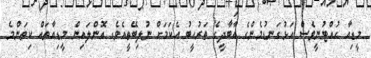
މީޑިއާ ހުއްޓުނީވެސް އަޅުގަނޑުމެންގެ އާބާދީގެ ތަރުހީބު އެކަމަށް ނުލިބޭތީއެވެ. އޮންލައިން މީޑިއާތައް ކިތަންމެ